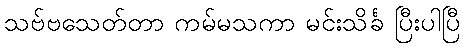
သဗ်ဗသေတ်တာ ကမ်မသကာ မင်းသိင်္ခ ပြီးပါပြီ